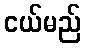
ငယ်မည်